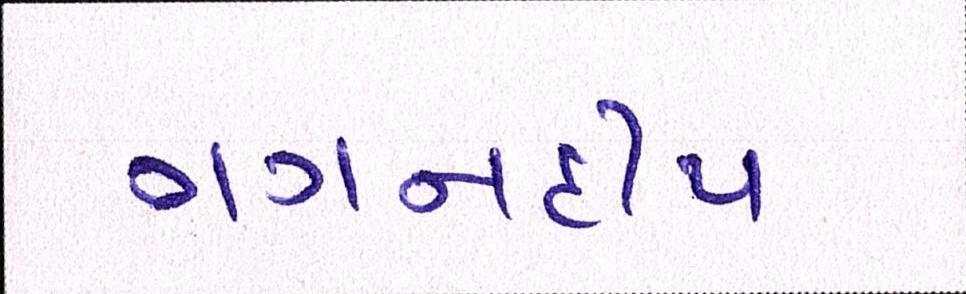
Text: ગગનદીપ